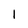
Character: 1